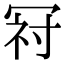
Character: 𭁺